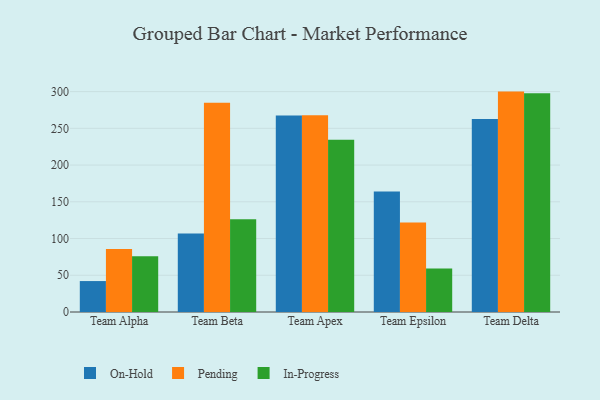
{"axis": {"x": "Team", "y": "Temperature (°C)"}, "legend": ["In-Progress", "On-Hold", "Pending"], "data": [{"x": "Team Alpha", "y": 42.1, "type": "On-Hold"}, {"x": "Team Alpha", "y": 85.8, "type": "Pending"}, {"x": "Team Alpha", "y": 76.0, "type": "In-Progress"}, {"x": "Team Beta", "y": 106.8, "type": "On-Hold"}, {"x": "Team Beta", "y": 284.9, "type": "Pending"}, {"x": "Team Beta", "y": 126.2, "type": "In-Progress"}, {"x": "Team Apex", "y": 267.3, "type": "On-Hold"}, {"x": "Team Apex", "y": 267.9, "type": "Pending"}, {"x": "Team Apex", "y": 234.3, "type": "In-Progress"}, {"x": "Team Epsilon", "y": 164.1, "type": "On-Hold"}, {"x": "Team Epsilon", "y": 121.7, "type": "Pending"}, {"x": "Team Epsilon", "y": 59.3, "type": "In-Progress"}, {"x": "Team Delta", "y": 262.7, "type": "On-Hold"}, {"x": "Team Delta", "y": 300.0, "type": "Pending"}, {"x": "Team Delta", "y": 297.7, "type": "In-Progress"}]}